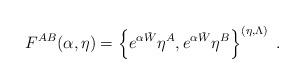
LaTeX: \begin{align*}F^{AB}(\alpha,\eta)=\left\{e^{\alpha\check{W}}\eta^A,e^{\alpha\check{W}}\eta^B\right\}^{(\eta,\Lambda)}\;.\end{align*}